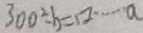
3 0 0 \div b = \square \cdots a